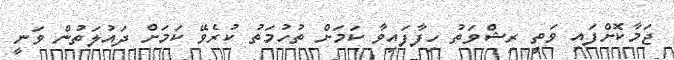
ޖަމާކޮށްފައި ވަތީ ރިޝްވަތު ހިފާފައިވާ ކަމަށް ތުހުމަތު ކުރެވޭ ކަމަށް ދައުލަތުން ވަނީ